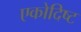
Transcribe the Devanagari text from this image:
एकोदिष्ट